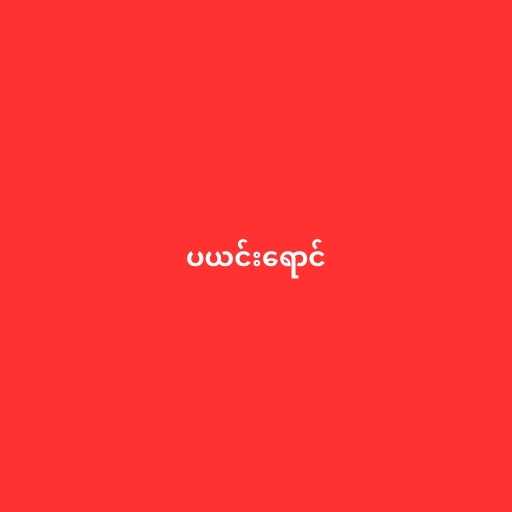
ပယင်းရောင်